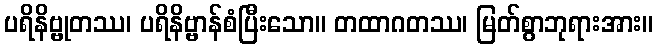
ပရိနိဗ္ဗုတဿ၊ ပရိနိဗ္ဗာန်စံပြီးသော။ တထာဂတဿ၊ မြတ်စွာဘုရားအား။